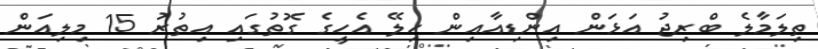
ތިލަމާލެ ބްރިޖު އަޅަން އިންޑިއާއިން ހިލޭ އެހީގެ ގޮތުގައި އިތުރު 15 މިލިއަން